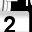
Digit: 2